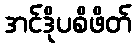
အင်ဒိုပစိဖိတ်